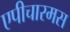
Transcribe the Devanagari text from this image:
एपीचारमस